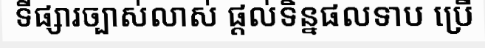
ទីផ្សារច្បាស់លាស់ ផ្តល់ទិន្នផលទាប ប្រើ